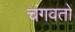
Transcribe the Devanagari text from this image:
चंगवतों